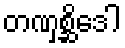
တဏှစ္ဆိဒေါ